Report on lock hospitals in British Burma
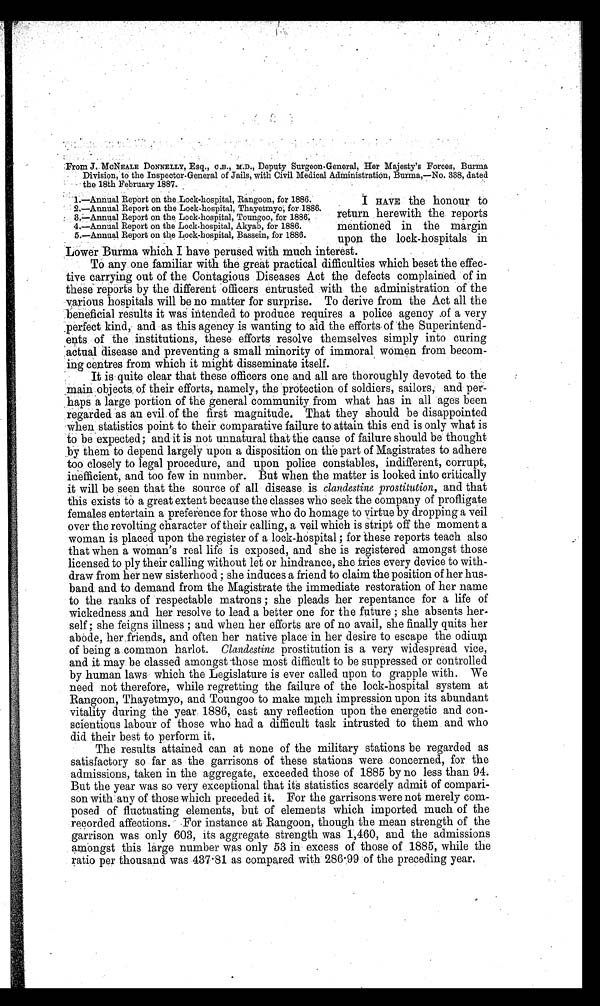
From J. McNEALE DONNELLY, Esq., C .B., M.D., Deputy Surgeon-General, Her Majesty's Forces, Burma
Division, to the Inspector-General of Jails, with Civil Medical Administration, Burma,—No. 338, dated
the 18th February 1887.
I HAVE the honour to
return herewith the. reports
mentioned in the margin
upon the lock-hospitals in
Lower Burma which I have perused with much interest.
To any one familiar with the great practical difficulties which beset the effec-
tive carrying out of the Contagious Diseases Act the defects complained of in
these reports by the different officers entrusted with the administration of the
various hospitals will be no matter for surprise. To derive from the Act all the
beneficial results it was intended to produce requires a police agency .of a very
perfect kind, and as this agency is wanting to aid the efforts, of the Superintend-
ents of the institutions, these efforts resolve themselves simply into curing
actual disease and preventing a small minority of immoral women from becom-
ing centres from which it might disseminate itself.
It is quite clear that these officers one and all are thoroughly devoted to the
main objects. of their efforts, namely, the protection of soldiers, sailors, and per-
haps a large portion of the general community from what has in all ages been
regarded as an evil. of the first magnitude. That they should be disappointed
when statistics point to their comparative failure to attain this end is only what is
to be expected; and it is not unnatural that the cause of failure should be thought
.by them to depend largely upon a disposition on the part of Magistrates to adhere
too closely to legal procedure, and upon police constables, indifferent, corrupt,
inefficient, and too few in number. But when the matter is looked into critically
it will be . seen that the source of all disease. is clandestine prostitution, and that
this exists to a great extent because the classes who seek the company of profligate
females entertain a preference for those who do homage to virtue by dropping a veil
over the revolting character of their calling, a veil which is stript off the moment a
woman is placed upon the register of a lock-hospital ; for these reports teach also
that when a woman's real life is exposed, and she is registered amongst those
licensed to ply their calling without let or hindrance, she tries every device to with-
draw from her new sisterhood ; she induces a friend to claim the position of her hus-
band and to demand from the Magistrate the immediate restoration of her name
to the ranks of respectable matrons ; she pleads her repentance for a life of
wickedness and her resolve to lead a better one for the future ; she absents her-
self ; she feigns illness ; and when her efforts are of no avail, she finally quits her
abode, her.friends, and often her native place in her desire to escape the odium
of being a common harlot. Clandestine prostitution is a very widespread vice,
and it. may. be classed amongst -those most difficult to be suppressed or controlled
by human laws which the Legislature is ever called upon to grapple with.. We
need not .therefore, while regretting the failure of the lock-hospital system at
Rangoon, Thayetmyo, and Toungoo to make much impression upon its abundant
vitality during the year. 1886, cast any reflection upon the energetic and con-
scientious labour of those who had a difficult task intrusted to them . and who
did their best to perform it.
The results attained can at none of the military stations be regarded as
satisfactory so far as the garrisons of these stations were concerned, for the
admissions, taken in the aggregate, exceeded those of 1885 by no less than 94.
But the year was so very exceptional that its statistics scarcely admit of compari-
son with any of those which preceded it. For the garrisons.were not merely com-
posed of fluctuating elements, but of elements which imported much of the
recorded affections. For instance at Rangoon, though the mean strength of the
garrison was only 603, its aggregate strength was 1,460, and the admissions
amongst this large number was only 53 in excess of those of 1885, while the
ratio per thousand was 437·81 as compared with' 286·99 of the preceding year.
1.—Annual Report on the Lock-hospital, Rangoon, for 1886.
2.—Annual Report on the Lock-hospital, Thayetmyo; for 1886.
3.—Annual Report on the. Lock-hospital, Toungoo, for 1886.
4.—Annual Report on the Lock-hospital, Akyab, for 1886.
5.—Annual Report on the Lock-hospital, Bassein, for 1886.